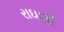
રાઘણી